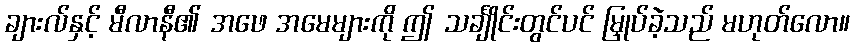
ချားလ်နှင့် မီလာနီ၏ အဖေ အမေများကို ဤ သင်္ချိုင်းတွင်ပင် မြှုပ်ခဲ့သည် မဟုတ်လော။